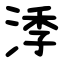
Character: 㳵